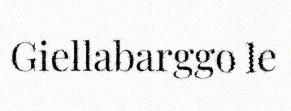
Giellabarggo le